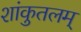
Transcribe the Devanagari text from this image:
शांकुतलम्